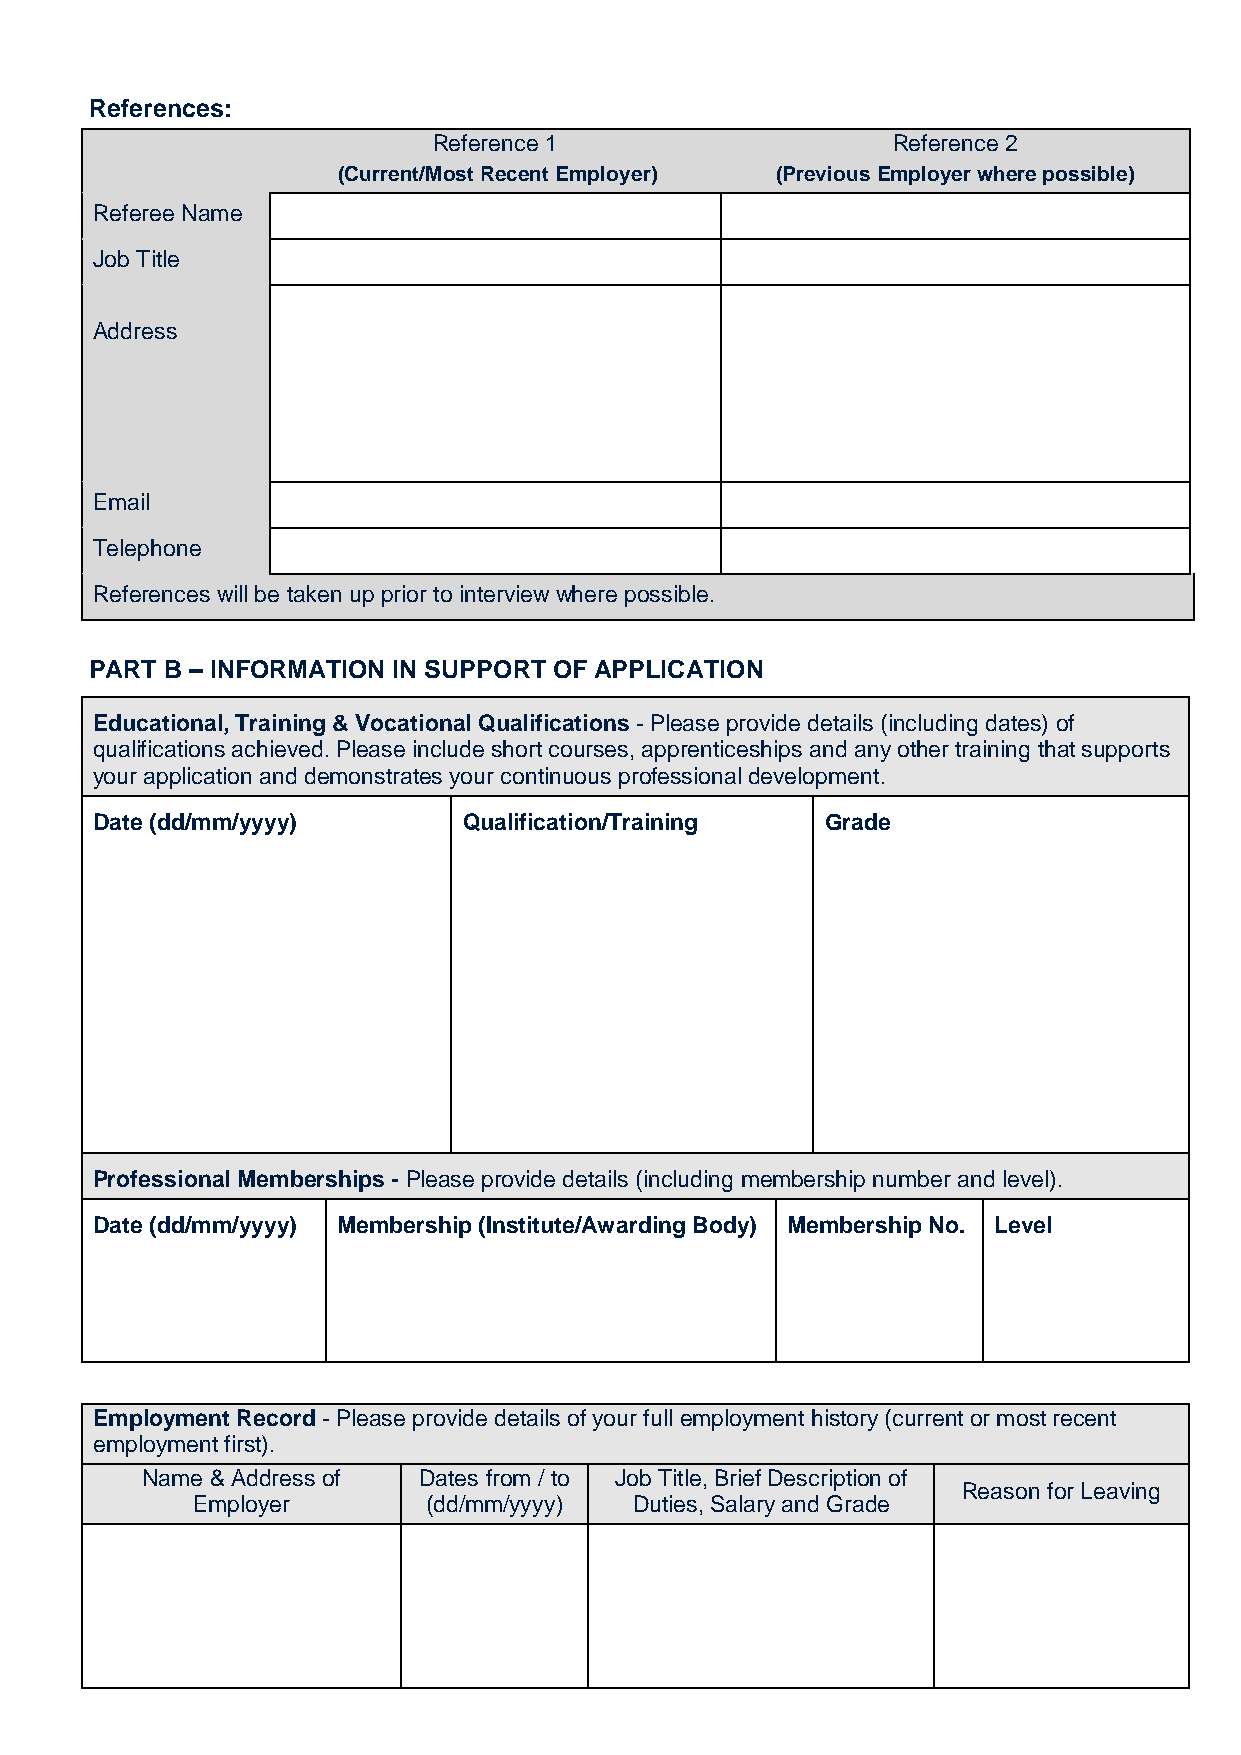
References:
 Reference 1                   Reference 2
 (Current/Most Recent Employer) (Previous Employer where possible)
 Referee Name
 Job Title
 Address
 Email
 Telephone
 References will be taken up prior to interview where possible.
 PART B – INFORMATION IN SUPPORT OF APPLICATION
 Educational, Training & Vocational Qualifications - Please provide details (including dates) of
 qualifications achieved. Please include short courses, apprenticeships and any other training that supports
 your application and demonstrates your continuous professional development.
 Date (dd/mm/yyyy)        Qualification/Training  Grade
 Professional Memberships - Please provide details (including membership number and level).
 Date (dd/mm/yyyy) Membership (Institute/Awarding Body) Membership No. Level
 Employment Record - Please provide details of your full employment history (current or most recent
 employment first).
 Name & Address of  Dates from / to Job Title, Brief Description of
 Reason for Leaving
 Employer       (dd/mm/yyyy)  Duties, Salary and Grade